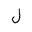
Letter: _lam